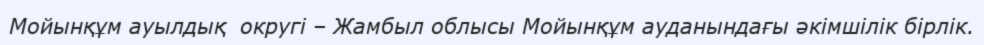
Мойынқұм ауылдық  округі – Жамбыл облысы Мойынқұм ауданындағы әкімшілік бірлік.